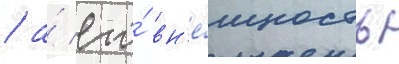
/ а́ его́ вн'е́шность